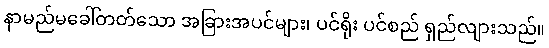
နာမည်မခေါ်တတ်သော အခြားအပင်များ၊ ပင်ရိုး ပင်စည် ရှည်လျားသည်။